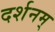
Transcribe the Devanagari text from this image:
दर्शनम्‌